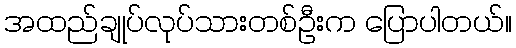
အထည်ချုပ်လုပ်သားတစ်ဦးက ပြောပါတယ်။